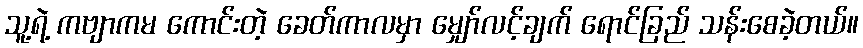
သူ့ရဲ့ ကဗျာကမ ကောင်းတဲ့ ခေတ်ကာလမှာ မျှော်လင့်ချက် ရောင်ခြည် သန်းစေခဲ့တယ်။